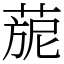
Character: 𦴪